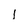
Character: l